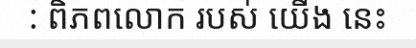
: ពិភពលោក របស់ យើង នេះ